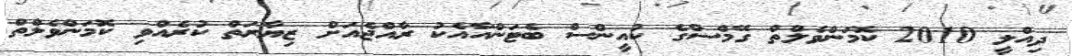
ދިއްލީ 2010 ކޮމަންވެލްތް ގޭމްސްގެ ކުއީންސް ބެޓަންއާއެކު ރާއްޖެއަށް ޒިޔާރަތް ކުރެއްވި ކޮމަންވެލްތް